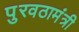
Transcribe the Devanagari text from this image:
पुरवठामंत्री